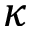
\kappa